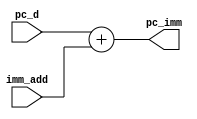
`timescale 1ns / 1ps
//////////////////////////////////////////////////////////////////////////////////
// Company: 
// Engineer: 
// 
// Design Name: 
// Module Name:    add_imm 
// Project Name: 
// Target Devices: 
// Tool versions: 
// Description: 
//
// Dependencies: 
//
// Revision: 
// Revision 0.01 - File Created
// Additional Comments: 
//
//////////////////////////////////////////////////////////////////////////////////
module add_imm(
   input [9:0] pc_d,
	input [31:0] imm_add,
   output reg[31:0] pc_imm
    );
	
	
	
	always @(*)begin
		pc_imm <= pc_d + imm_add;
	end

endmodule